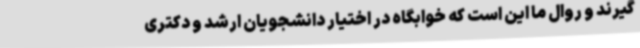
گیرند و روال ما این است که خوابگاه در اختیار دانشجویان ارشد و دکتری